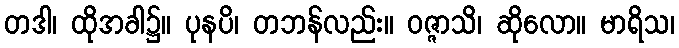
တဒါ၊ ထိုအခါ၌။ ပုနပိ၊ တဘန်လည်း။ ဝဇ္ဇာသိ၊ ဆိုလော။ မာရိသ၊